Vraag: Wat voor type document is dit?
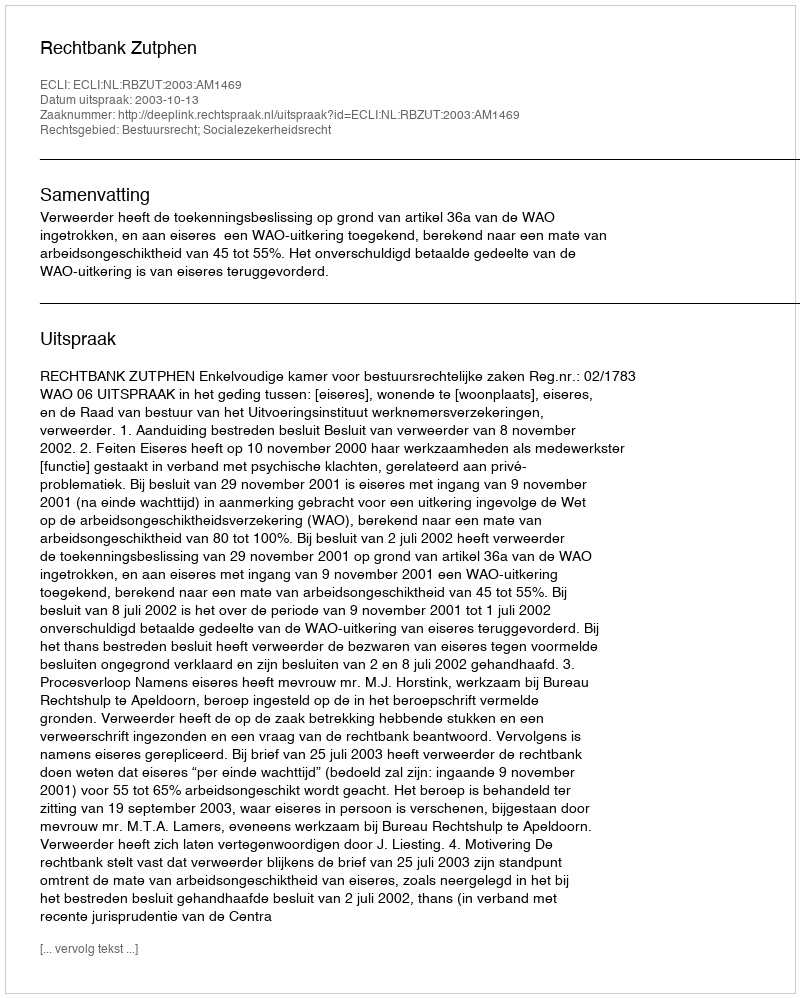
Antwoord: Uitspraak